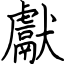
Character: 獻